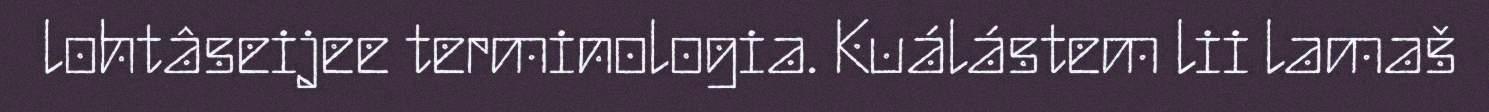
lohtâseijee terminologia. Kuálástem lii lamaš